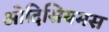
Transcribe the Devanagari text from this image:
ओदिसियमस